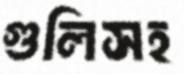
গুলিসহ